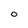
Character: 0